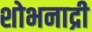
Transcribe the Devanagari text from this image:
शोभनाद्री